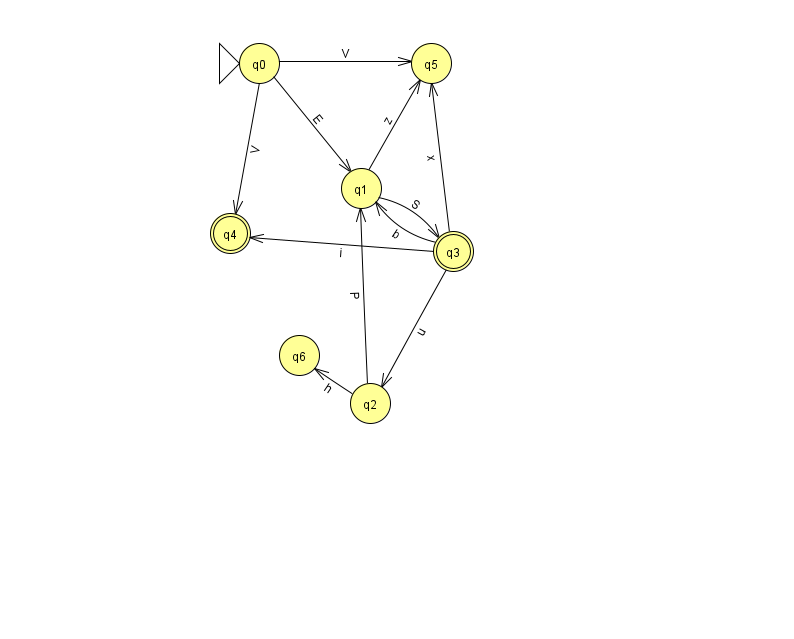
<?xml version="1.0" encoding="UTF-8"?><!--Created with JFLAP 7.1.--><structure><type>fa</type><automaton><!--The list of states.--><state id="0" name="q0"><x>259.0</x><y>50.0</y><initial/></state><state id="1" name="q1"><x>361.0</x><y>175.0</y></state><state id="2" name="q2"><x>370.0</x><y>390.0</y></state><state id="3" name="q3"><x>453.0</x><y>238.0</y><final/></state><state id="4" name="q4"><x>230.0</x><y>220.0</y><final/></state><state id="5" name="q5"><x>431.0</x><y>50.0</y></state><state id="6" name="q6"><x>299.0</x><y>342.0</y></state><!--The list of transitions.--><transition><from>0</from><to>5</to><read>V</read></transition><transition><from>3</from><to>2</to><read>u</read></transition><transition><from>3</from><to>4</to><read>i</read></transition><transition><from>1</from><to>5</to><read>z</read></transition><transition><from>0</from><to>4</to><read>V</read></transition><transition><from>3</from><to>5</to><read>x</read></transition><transition><from>2</from><to>1</to><read>P</read></transition><transition><from>0</from><to>1</to><read>E</read></transition><transition><from>2</from><to>6</to><read>h</read></transition><transition><from>3</from><to>1</to><read>b</read></transition><transition><from>1</from><to>3</to><read>S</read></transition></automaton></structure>